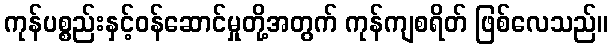
ကုန်ပစ္စည်းနှင့်ဝန်ဆောင်မှုတို့အတွက် ကုန်ကျစရိတ် ဖြစ်လေသည်။